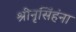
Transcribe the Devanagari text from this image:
श्रीनृसिंहंना